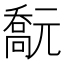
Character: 𠿻